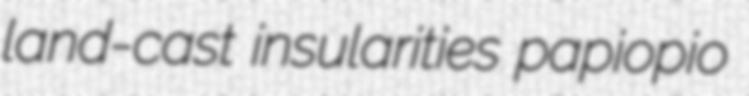
land-cast insularities papiopio